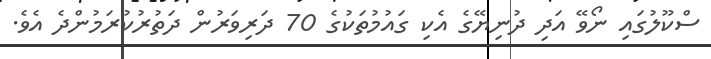
ސްކޫލުގައި ނޯވޭ އަދި ދުނިޔޭގެ އެކި ގައުމުތަކުގެ 70 ދަރިވަރުން ދަތުރުކުރަމުންދެ އެވެ.